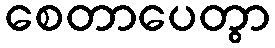
စေတာပေတွာ